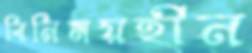
বিনিময়হীন